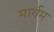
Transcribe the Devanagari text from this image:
मार्गम